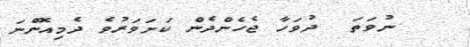
ނުވަތަ  ދުވަހާ ޖެހެންދެން ކަށަވަރުވެ ދެމިއޮންނަ